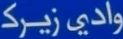
وادي‌زیرک